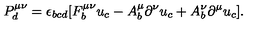
P _ { d } ^ { \mu \nu } = \epsilon _ { b c d } [ F _ { b } ^ { \mu \nu } u _ { c } - A _ { b } ^ { \mu } \partial ^ { \nu } u _ { c } + A _ { b } ^ { \nu } \partial ^ { \mu } u _ { c } ] .